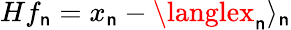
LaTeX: Hf_{\mathsf{n}}=x_{\mathsf{n}}-\langlex_{\mathsf{n}}\rangle_{\mathsf{n}}